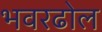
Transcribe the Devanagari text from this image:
भवरढोल